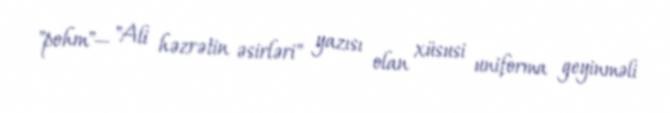
"pohm"— "Ali həzrətin əsirləri" yazısı olan xüsusi uniforma geyinməli